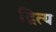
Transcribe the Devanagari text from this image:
द्वित्य